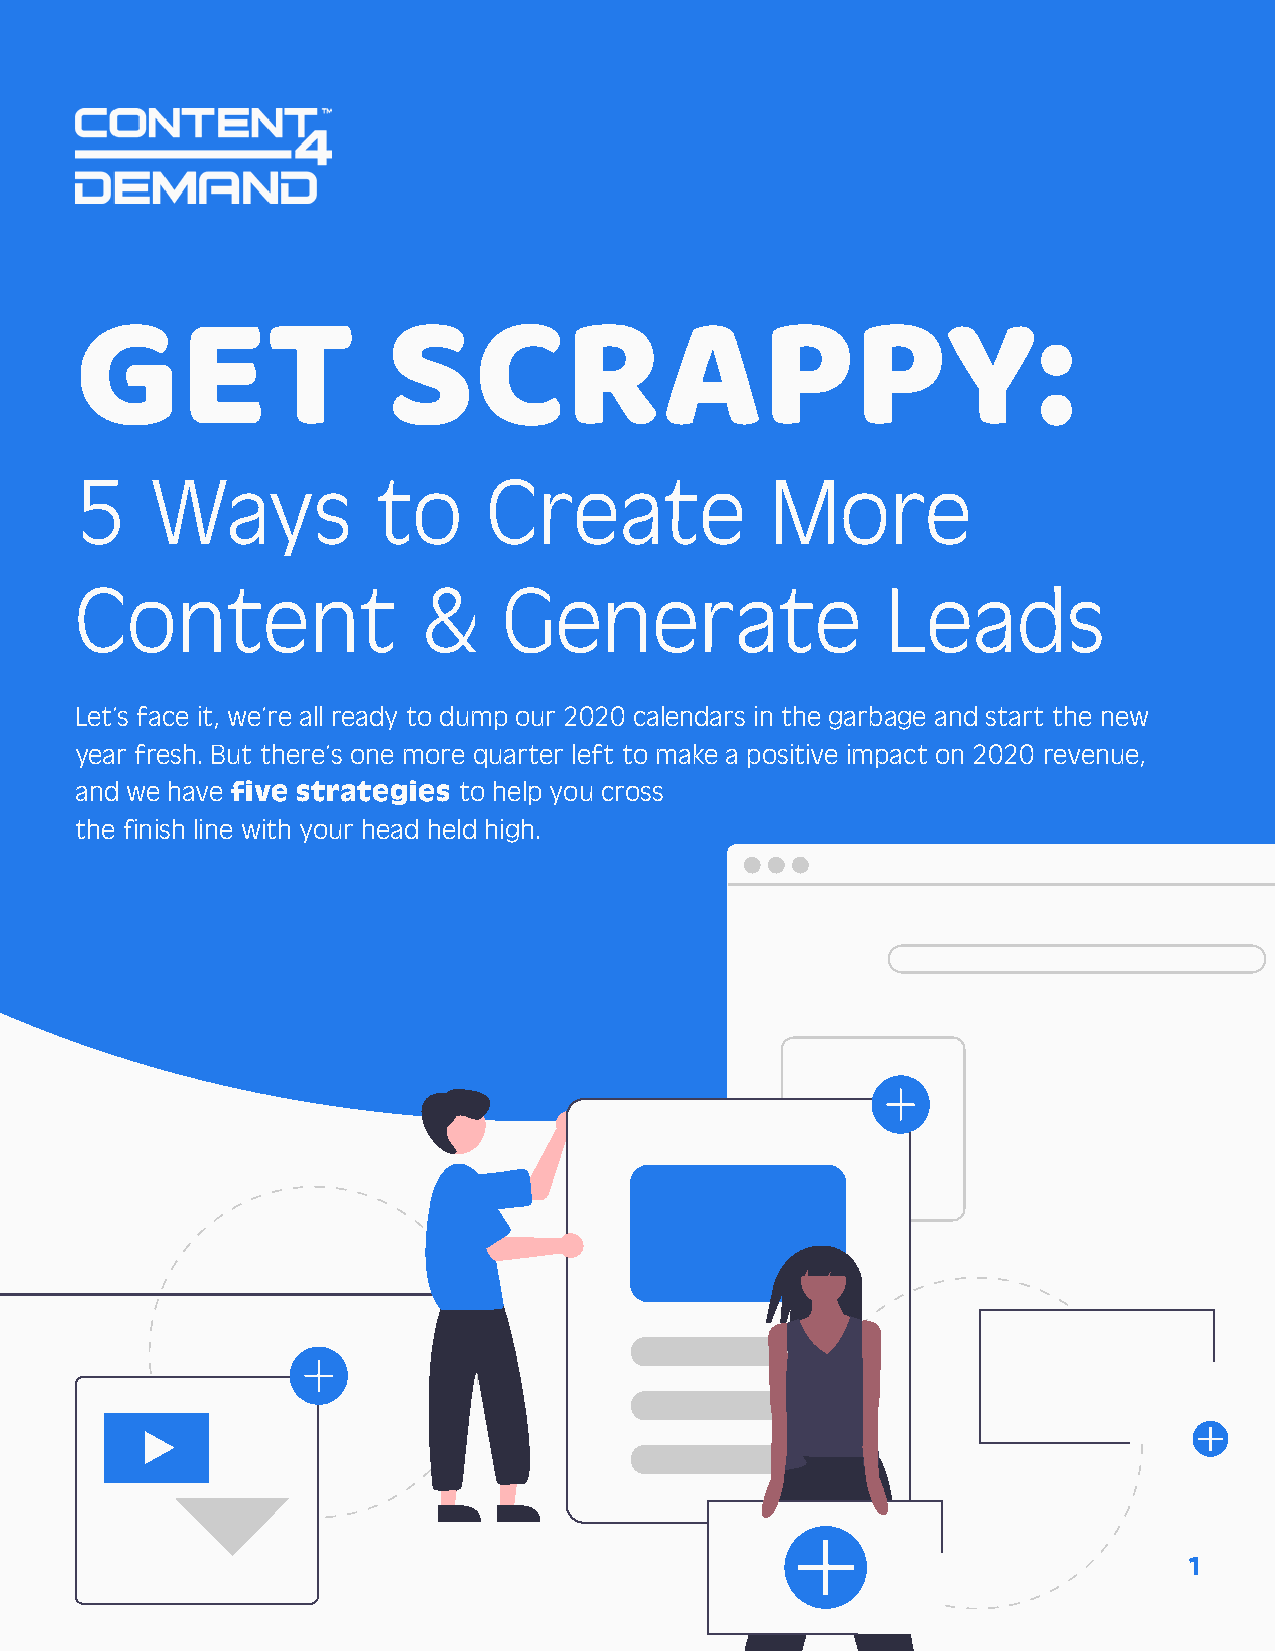
GET                  SCRAPPY:
 5    Ways           to     Create             More
 Content                &    Generate                  Leads
 Let’s face it, we’re all ready to dump our 2020 calendars in the garbage and start the new
 year fresh. But there’s one more quarter left to make a positive impact on 2020 revenue,
 and we have five strategies to help you cross
 the finish line with your head held high.
 1